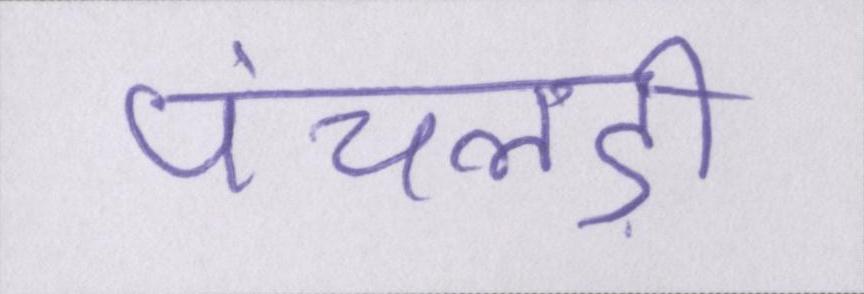
पंचलड़ी